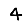
Digit: 4